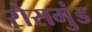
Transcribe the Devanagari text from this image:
रोसमुंड